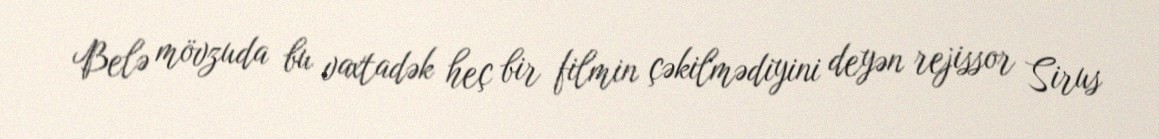
Belə mövzuda bu vaxtadək heç bir filmin çəkilmədiyini deyən rejissor Sirus